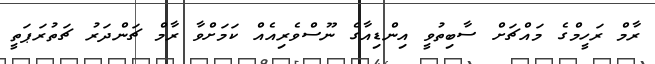
ރާމް ރަހީމްގެ މައްޗަށް ސާބިތުވީ އިންޑިއާގެ ނޫސްވެރިއެއް ކަމަށްވާ ރާމް ޗަންދަރު ޗަތުރަޕަތީ